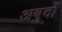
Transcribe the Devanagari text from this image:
अबुर्दों